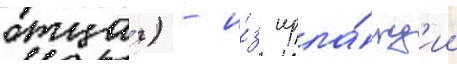
отца́) - и́з ирла́нд'ии